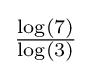
\textstyle {\frac {\log(7)}{\log(3)}}